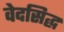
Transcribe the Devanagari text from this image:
वेदसिद्ध